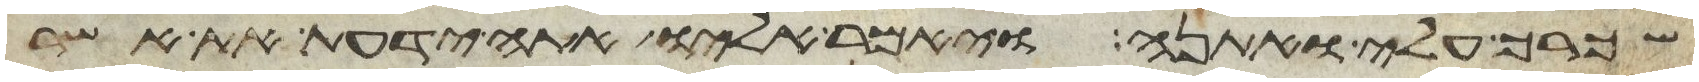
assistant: שכרך עלי ואתנה ויאמר אליו אתה ידעת את אשר